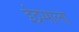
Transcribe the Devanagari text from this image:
इंद्रमाला